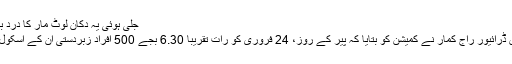
جلی ہوئی یہ دکان لوٹ مار کا درد بیان کر رہی ہے
پہلے اسکول میں ڈرائیور راج کمار نے کمیشن کو بتایا کہ پیر کے روز، 24 فروری کو رات تقریبا 6.30 بجے 500 افراد زبردستی ان کے اسکول میں گھس آئے۔